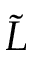
\tilde { L }